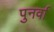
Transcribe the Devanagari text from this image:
पुनर्वा